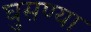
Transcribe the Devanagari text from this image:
घुसण्या